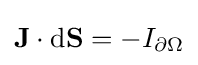
\mathbf {J} \cdot {\rm {d}}\mathbf {S} =-I_{\partial \Omega }